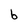
Character: b